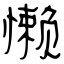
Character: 懒